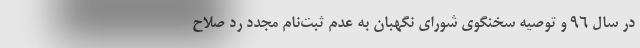
در سال ۹۶ و توصیه سخنگوی شورای نگهبان به عدم ثبت‌نام مجدد رد صلاح